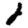
Digit: 2